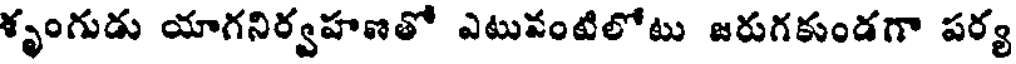
శృంగుడు యాగనిర్వహణతో ఎటువంటిలోటు జరుగకుండగా పర్య